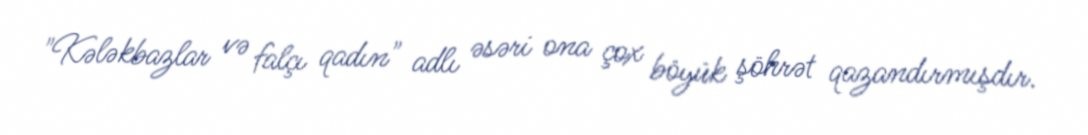
"Kələkbazlar və falçı qadın" adlı əsəri ona çox böyük şöhrət qazandırmışdır.